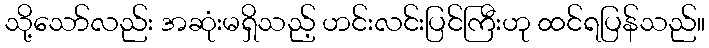
သို့သော်လည်း အဆုံးမရှိသည့် ဟင်းလင်းပြင်ကြီးဟု ထင်ရပြန်သည်။